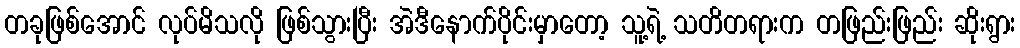
တခုဖြစ်အောင် လုပ်မိသလို ဖြစ်သွားပြီး အဲဒီနောက်ပိုင်းမှာတော့ သူ့ရဲ့ သတိတရားက တဖြည်းဖြည်း ဆိုးရွား